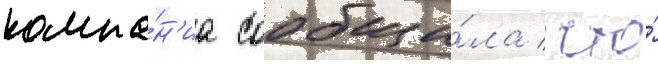
компа́н'иа сообщи́ла / что́